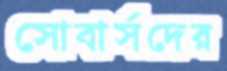
সোবার্সদের